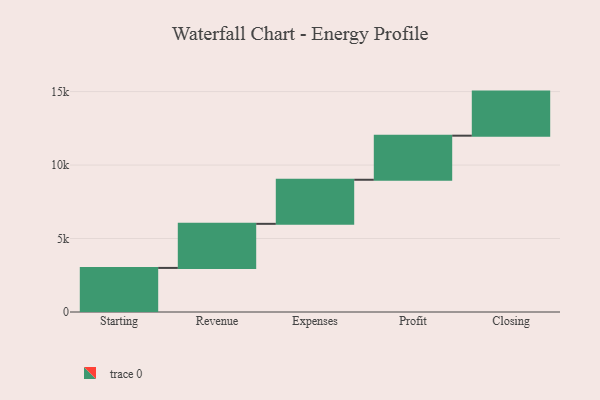
{"axis": {"x": "Step", "y": "Value"}, "legend": [""], "data": [{"x": "Starting", "y": 3000, "type": ""}, {"x": "Revenue", "y": 3000, "type": ""}, {"x": "Expenses", "y": 3000, "type": ""}, {"x": "Profit", "y": 3000, "type": ""}, {"x": "Closing", "y": 3000, "type": ""}]}